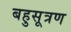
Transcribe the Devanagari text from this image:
बहुसूत्रण